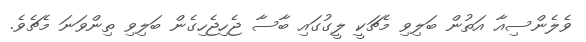
ވެލެންސިއާ އަތުން ބަލިވި މެޗަކީ ލީގުގައި ބާސާ ޖެހިޖެހިގެން ބަލިވި ތިންވަނަ މެޗެވެ.